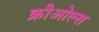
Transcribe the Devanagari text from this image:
क्रीओल्स